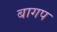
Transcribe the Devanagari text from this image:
बागप